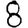
Digit: 8